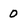
Character: 0